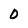
Character: 0